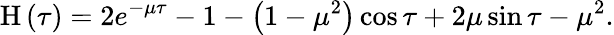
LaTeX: \mathrm{H}\left(\tau\right)=2e^{-\mu\tau}-1-\left({1-\mu^{2}}\right)\cos\tau+2\mu\sin\tau-\mu^{2}.